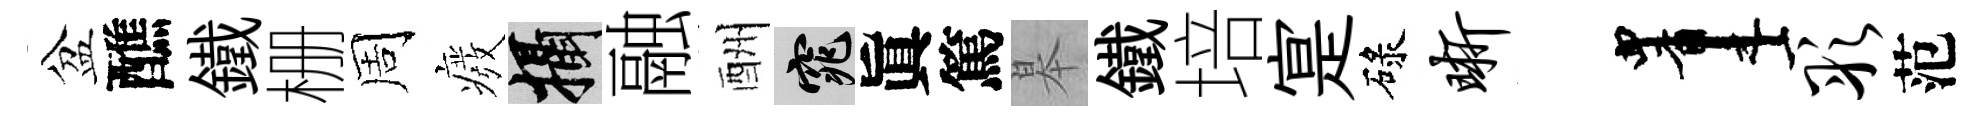
盆醮鐵栅周癈攝融酬窕眞篤皋鐵培寔碌晰画彤范